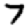
Digit: 7